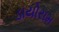
ડાયોરામ